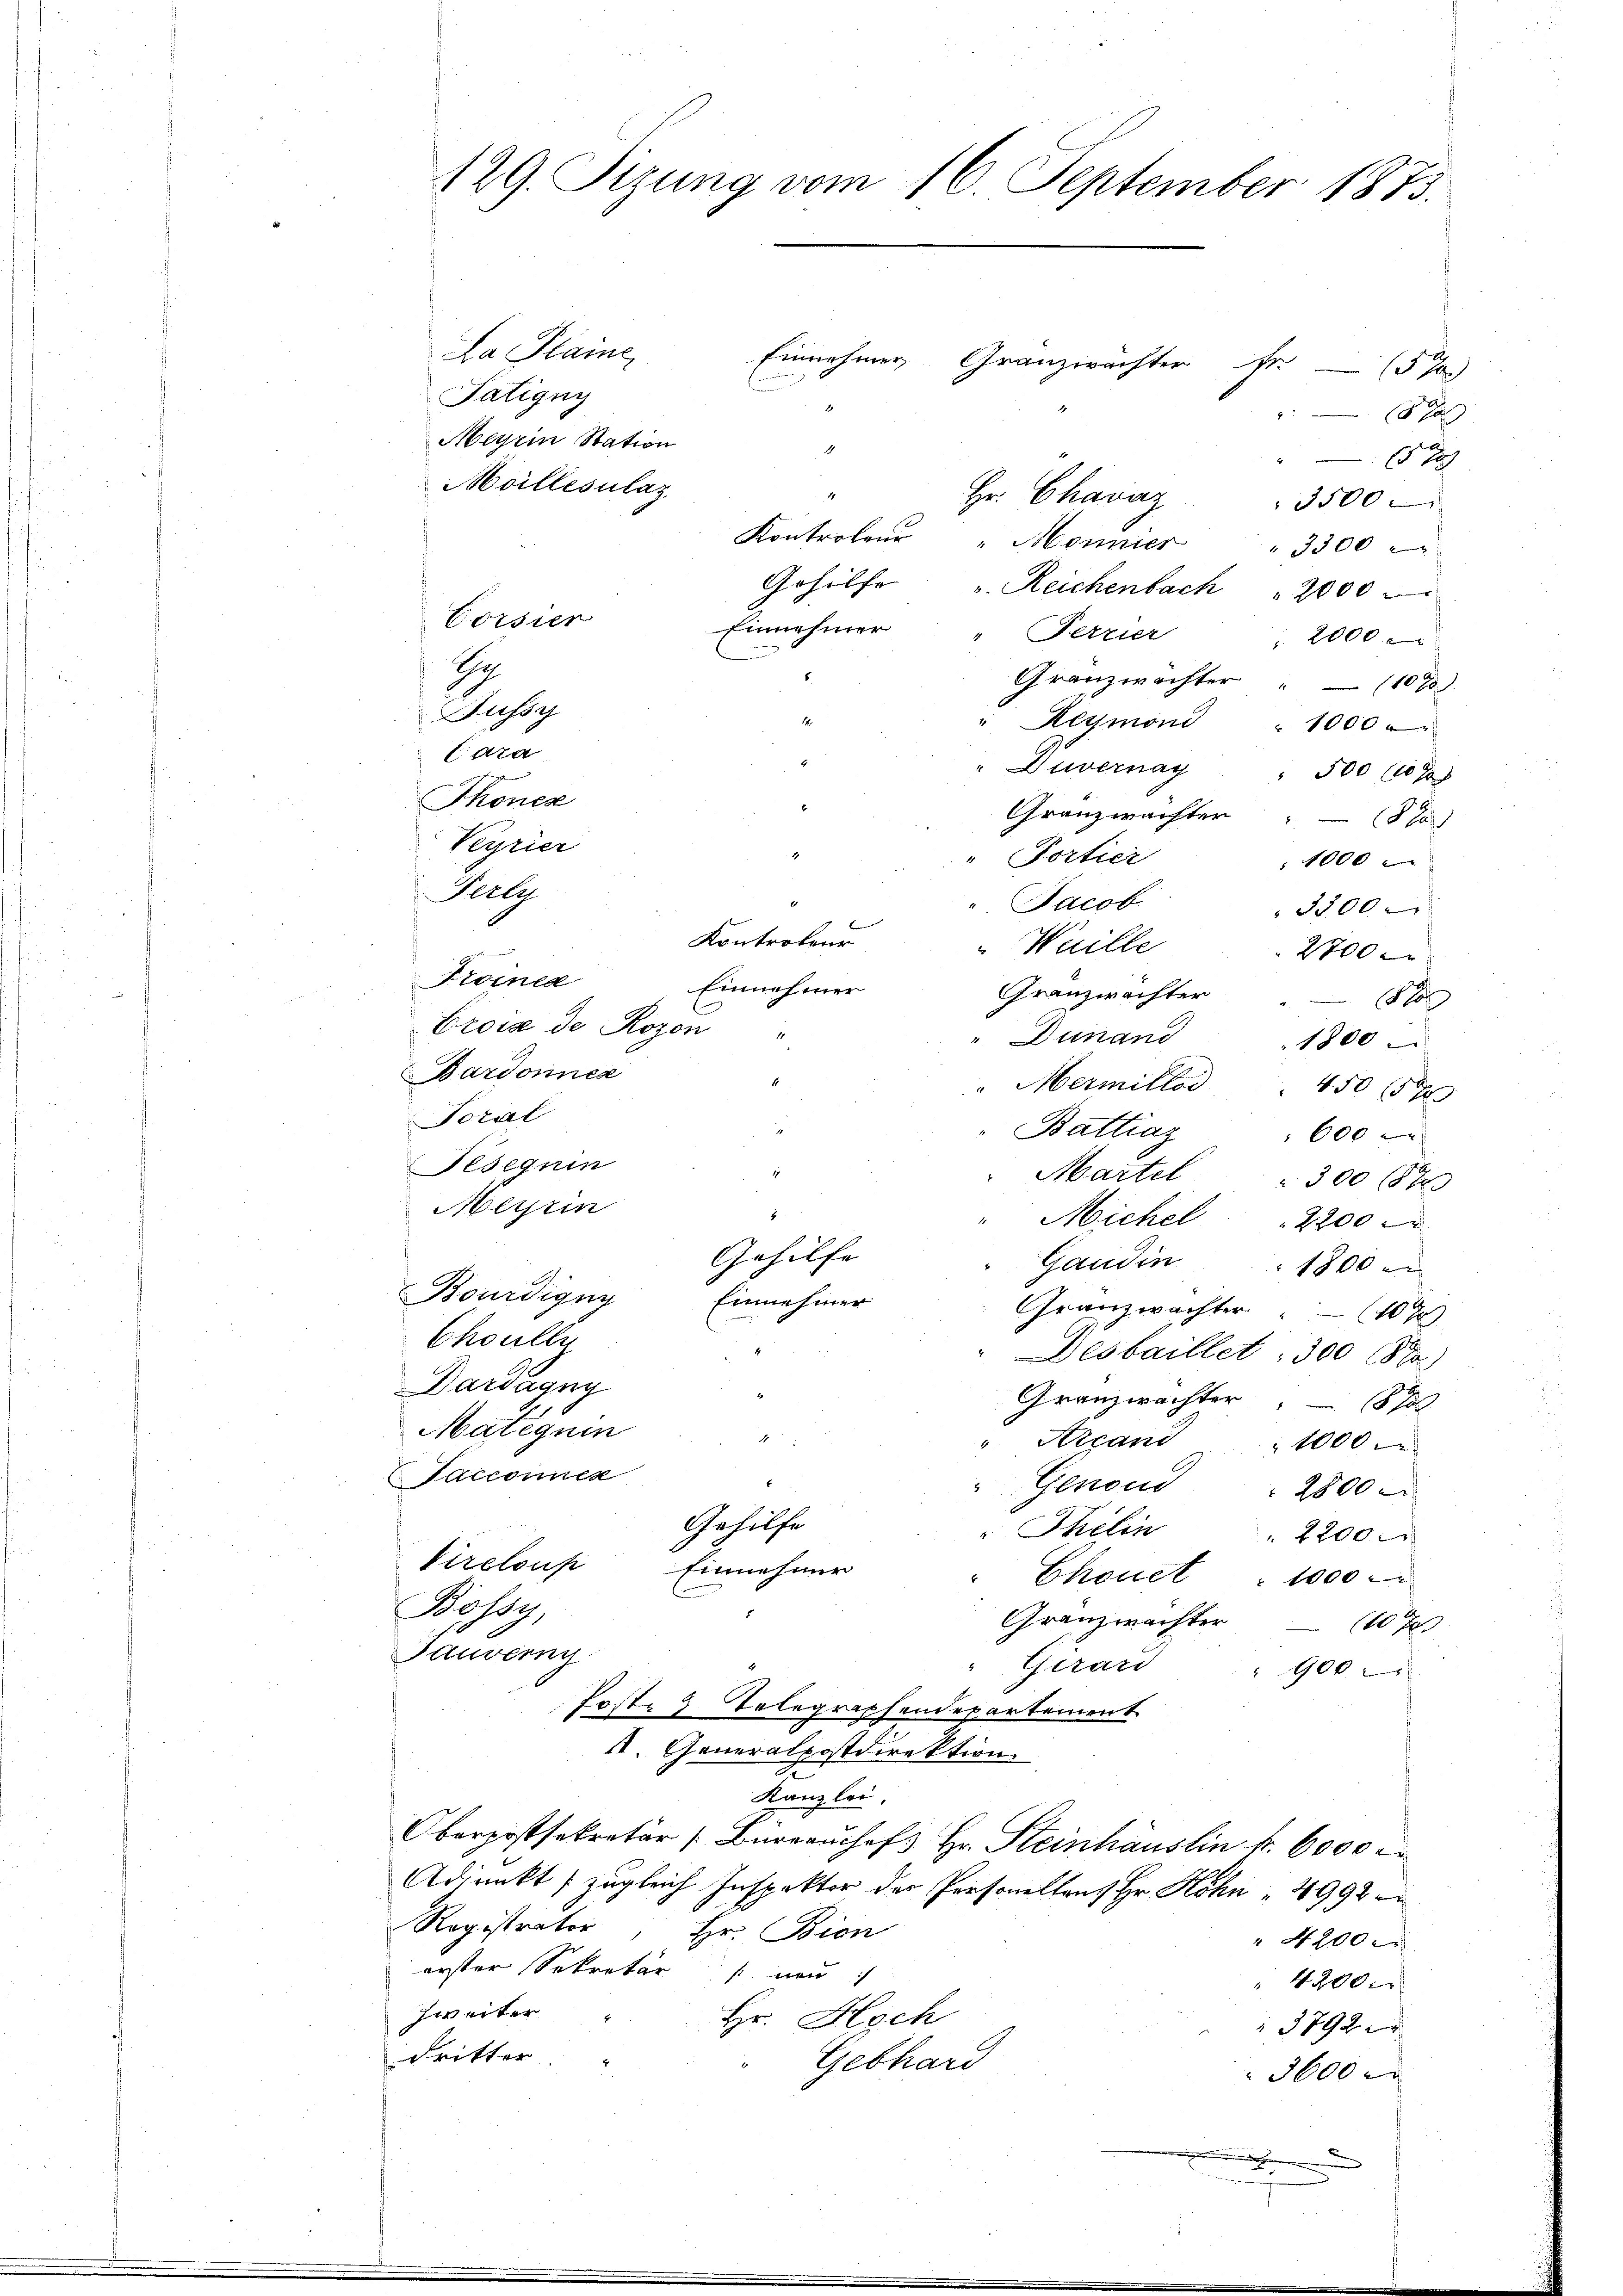
129. Sizung vom 16. September 1873.

La Plaine,
Tatigny
018 x
Meyrin Station
A
 x
Moillesulaz
Hr. Chavaz
3500
Kontroleur "Monnier
3300
Gehilfe
u. Reichenbach " 2000
Corsier
Einnehmer
Ferzier
2000
e
2
Gränzwachter " (1078.
Jussy
Reymond " 1000
Cara
"Duvernay
500 f 9 x
Thonen
Granzwachter " (870)
Verrier
Portier
1000
Ferly
Jacob
3500.
Kontroleur
Wuille
2700
Ktoinea
Einnehmer
Granzwachter " 8
Crois de Rozon
Dinand
1800
Bardonner
"Mermitter
10 1
Toral
Battiaz
600 x
Feseguin
Martet
30018 x
Meyrin
Michel
2200
Gehilfe
Gaudin
1800
Bourdigny
Einnahmer
Granzwachter " (107)
Choully
Desbaillet , 300 (882)
Dardagny
Granzwachter 187
Matequen
4
Arcand
 1000
Sacconnen
Genoud
2800
Gehilfe
Thehin
 2200
Vireloup Einnehmer
Chonet : 1000
Hissy
Granzwachter
 H
Tauverny
Gerart
900
Post 3 Telegraphendepartement
. Generalpostdirektion
Kanzlei.
Oberpostsekretär (Büreaŭchefs Hr. Steinhäuslin fr. 6000 d
Adjunkt (zugleich Inspektor der Personellant Hr. Hohn  4992
Registrator
Hr. Bien
" N. 200 r
erster Sekretär nur
 4200.
Zweiter
Hr. Hoch
3792
dritter
Gebhard
3600 r

e

Einnehmer Granzwächter 5 %